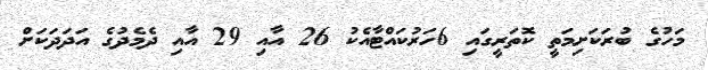
މަހުގެ ބުރަކަށިމަތީ ކޮތަރީގައި 6ހަރުކައްޓާއެކު 26 އާއި 29 އާއި ދެމެދުގެ އަދަދަކަށް